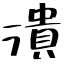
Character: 潰